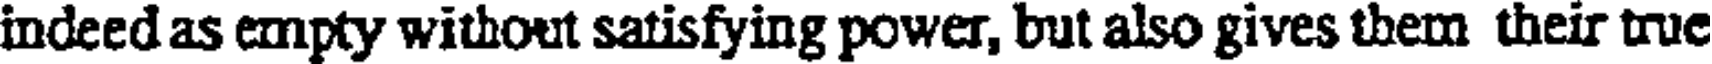
indeed as empty without satisfying power, but also gives them their true